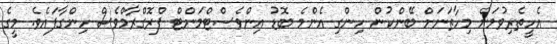
އެހީތެރިވުމަށް މިހާތަނަށް ބޭންކުން ހިންގި އެންމެ ބޮޑު އިންވެސްޓްމަންޓް ޕްރޮގްރާމްވެސް ހިންގާފައެވެ. މީގެ